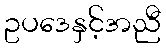
ဥပဒေနှင့်အညီ